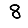
Digit: 8